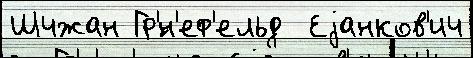
Шчжан Гр'́н'еф'ельд  Еjанков'ич